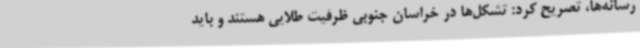
رسانه‌ها، تصریح کرد: تشکل‌ها در خراسان جنوبی ظرفیت طلایی هستند و باید